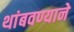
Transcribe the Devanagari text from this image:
थांबवण्याने